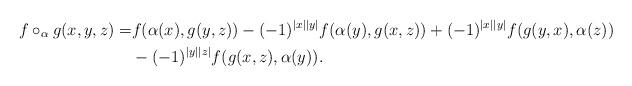
LaTeX: \begin{align*}f\circ_{\alpha}g(x,y,z)=&f(\alpha(x),g(y,z))-(-1)^{|x||y|}f(\alpha(y),g(x,z))+(-1)^{|x||y|}f(g(y,x),\alpha(z))\\&-(-1)^{|y||z|}f(g(x,z),\alpha(y)).\end{align*}